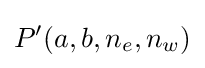
P'(a,b,n_{e},n_{w})